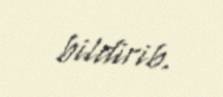
bildirib.